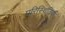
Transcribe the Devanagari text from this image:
परिस्‍िथतियों